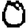
Digit: 0